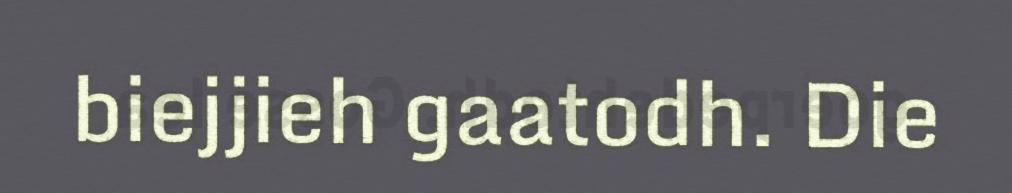
biejjieh gaatodh. Die